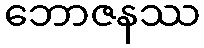
ဘောဇနဿ